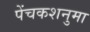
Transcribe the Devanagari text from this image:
पेंचकशनुमा